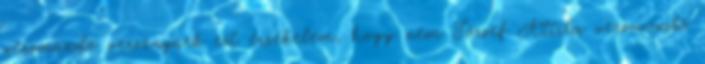
versmondó versenynek ezt érzékelem, hogy nem József Attila versmondó